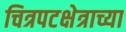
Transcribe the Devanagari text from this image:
चित्रपटक्षेत्राच्या